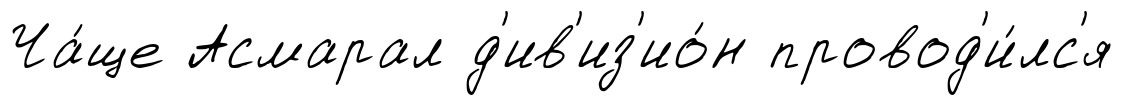
Ча́ще Асмарал д'ив'из'ио́н провод'и́лс'я